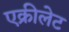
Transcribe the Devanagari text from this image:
एक्रीलेट